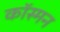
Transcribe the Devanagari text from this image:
कॉस्मन